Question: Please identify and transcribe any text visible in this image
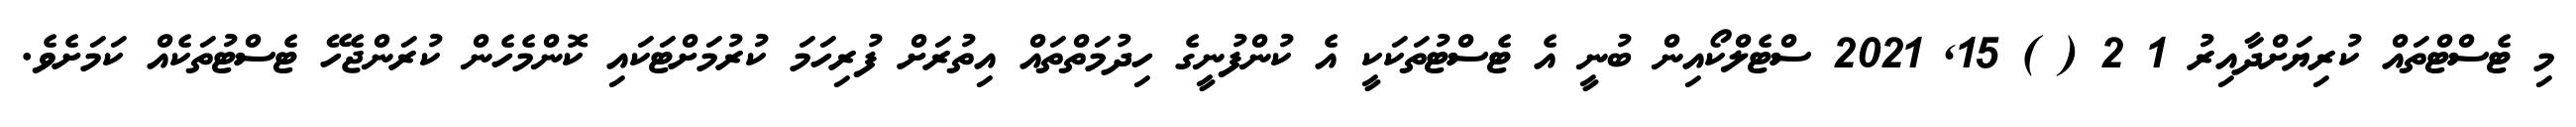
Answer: މި ޓެސްޓްތައް ކުރިޔަށްދާއިރު 1 2 ( ) 15, 2021 ސްޓެލްކޯއިން ބުނީ އެ ޓެސްޓުތަކަކީ އެ ކުންފުނީގެ ހިދުމަތްތައް އިތުރަށް ފުރިހަމަ ކުރުމަށްޓަކައި ކޮންމެހެން ކުރަންޖެހޭ ޓެސްޓުތަކެއް ކަމަށެވެ.